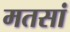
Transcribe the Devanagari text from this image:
मतसां